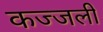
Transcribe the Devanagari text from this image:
कज्‍जली